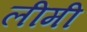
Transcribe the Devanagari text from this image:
लीमी